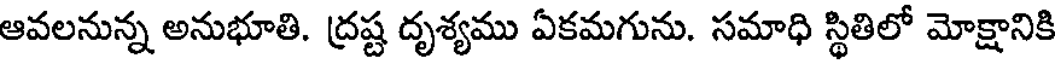
ఆవలనున్న అనుభూతి. ద్రష్ట దృశ్యము ఏకమగును. సమాధి స్థితిలో మోక్షానికి